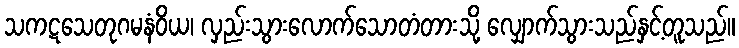
သကဋသေတုဂမနံဝိယ၊ လှည်းသွားလောက်သောတံတားသို့ လျှောက်သွားသည်နှင့်တူသည်။